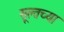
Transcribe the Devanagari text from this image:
सूल्तच्या